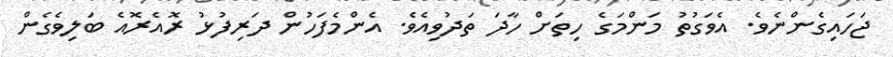
ޖަހައިގެންނެވެ. އެވަގުތު މަންމަގެ ހިތަށް ހާދަ ތަދުވިއެވެ. އެންމެފަހުން ދަރިފުޅު ރޮއެރޮއެ ބަލިވެގެން